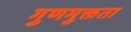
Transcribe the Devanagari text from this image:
गुणमुक्तता